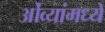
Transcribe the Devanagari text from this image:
ओंव्यांमध्यें